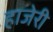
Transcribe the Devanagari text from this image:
हाजेरी